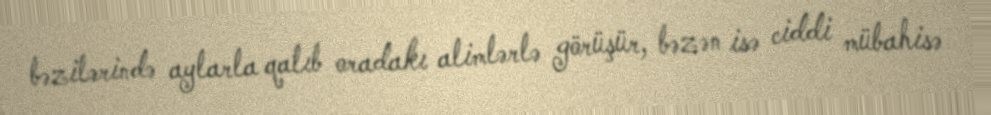
bəzilərində aylarla qalıb oradakı alimlərlə görüşür, bəzən isə ciddi mübahisə